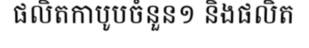
ផលិតកាបូបចំនួន១ និងផលិត